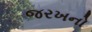
જરખનો